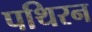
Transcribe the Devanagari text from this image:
पथिरन